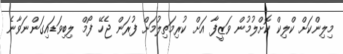
މިލިންކަށް ކްލިކް ކޮށްލުމުން ވަޒީފާ އަށް ކުރިމަތިލުމަށް ފުރަން ޖެހޭ ފޯމް ލިބިވަޑައިގަންނަވާނެ